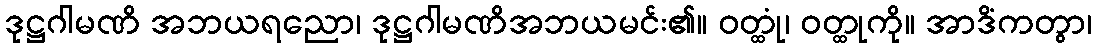
ဒုဋ္ဌဂါမဏိ အဘယရညော၊ ဒုဋ္ဌဂါမဏိအဘယမင်း၏။ ဝတ္ထုံ၊ ဝတ္ထုကို။ အာဒိံကတွာ၊